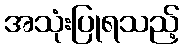
အသုံးပြုရသည့်